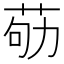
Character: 𦮿